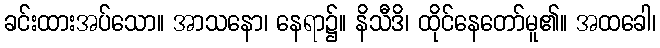
ခင်းထားအပ်သော။ အာသနော၊ နေရာ၌။ နိသီဒိ၊ ထိုင်နေတော်မူ၏။ အထခေါ၊